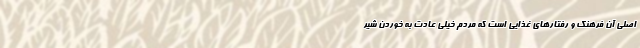
اصلی آن فرهنگ و رفتارهای غذایی است که مردم خیلی عادت به خوردن شیر